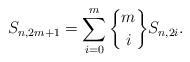
LaTeX: \begin{align*} S_{n,2m+1} = \sum\limits_{i=0}^m {m \brace i} S_{n, 2i}.\end{align*}